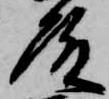
殿